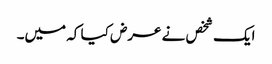
ایک شخص نے عرض کیا کہ میں۔